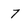
Character: 7